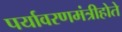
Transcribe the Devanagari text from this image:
पर्यावरणमंत्रीहोते